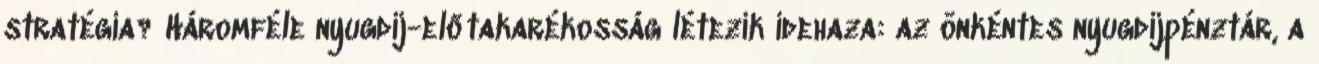
stratégia? Háromféle nyugdíj-előtakarékosság létezik idehaza: az önkéntes nyugdíjpénztár, a